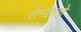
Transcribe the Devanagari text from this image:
रोमाम्बो